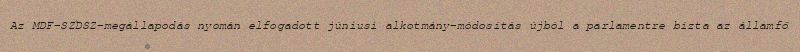
Az MDF–SZDSZ-megállapodás nyomán elfogadott júniusi alkotmány-módosítás újból a parlamentre bízta az államfő